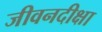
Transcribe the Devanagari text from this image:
जीवनदीक्षा